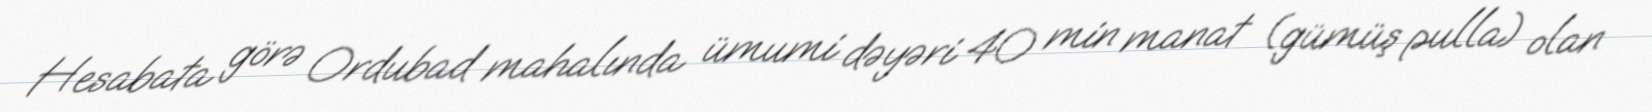
Hesabata görə Ordubad mahalında ümumi dəyəri 40 min manat (gümüş pulla) olan